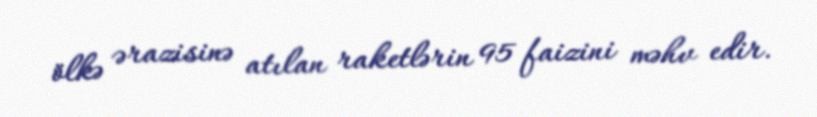
ölkə ərazisinə atılan raketlərin 95 faizini məhv edir.